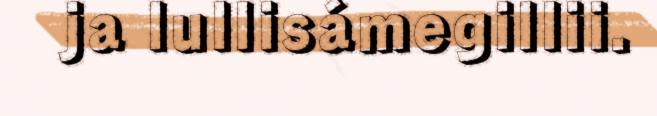
ja lullisámegillii.